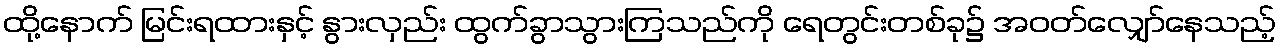
ထို့နောက် မြင်းရထားနှင့် နွားလှည်း ထွက်ခွာသွားကြသည်ကို ရေတွင်းတစ်ခု၌ အဝတ်လျှော်နေသည့်